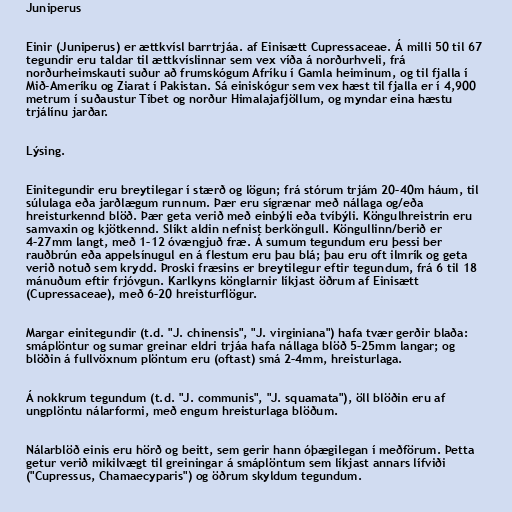
Juniperus

Einir (Juniperus) er ættkvísl barrtrjáa. af Einisætt Cupressaceae. Á milli 50 til 67
tegundir eru taldar til ættkvíslinnar sem vex víða á norðurhveli, frá
norðurheimskauti suður að frumskógum Afríku í Gamla heiminum, og til fjalla í
Mið-Ameríku og Ziarat í Pakistan. Sá einiskógur sem vex hæst til fjalla er í 4,900
metrum í suðaustur Tíbet og norður Himalajafjöllum, og myndar eina hæstu
trjálínu jarðar.

Lýsing.

Einitegundir eru breytilegar í stærð og lögun; frá stórum trjám 20–40m háum, til
súlulaga eða jarðlægum runnum. Þær eru sígrænar með nállaga og/eða
hreisturkennd blöð. Þær geta verið með einbýli eða tvíbýli. Köngulhreistrin eru
samvaxin og kjötkennd. Slíkt aldin nefnist berköngull. Köngullinn/berið er
4–27mm langt, með 1–12 óvængjuð fræ. Á sumum tegundum eru þessi ber
rauðbrún eða appelsínugul en á flestum eru þau blá; þau eru oft ilmrík og geta
verið notuð sem krydd. Þroski fræsins er breytilegur eftir tegundum, frá 6 til 18
mánuðum eftir frjóvgun. Karlkyns könglarnir líkjast öðrum af Einisætt
(Cupressaceae), með 6–20 hreisturflögur.

Margar einitegundir (t.d. "J. chinensis", "J. virginiana") hafa tvær gerðir blaða:
smáplöntur og sumar greinar eldri trjáa hafa nállaga blöð 5–25mm langar; og
blöðin á fullvöxnum plöntum eru (oftast) smá 2–4mm, hreisturlaga.

Á nokkrum tegundum (t.d. "J. communis", "J. squamata"), öll blöðin eru af
ungplöntu nálarformi, með engum hreisturlaga blöðum.

Nálarblöð einis eru hörð og beitt, sem gerir hann óþægilegan í meðförum. Þetta
getur verið mikilvægt til greiningar á smáplöntum sem líkjast annars lífviði
("Cupressus, Chamaecyparis") og öðrum skyldum tegundum.